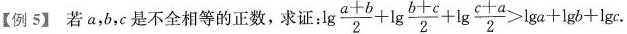
【例5】若a、b、c是不全相等的正数，求证： $$\lg { \frac { a + b } { 2